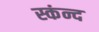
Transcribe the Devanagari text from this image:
स्कंन्द